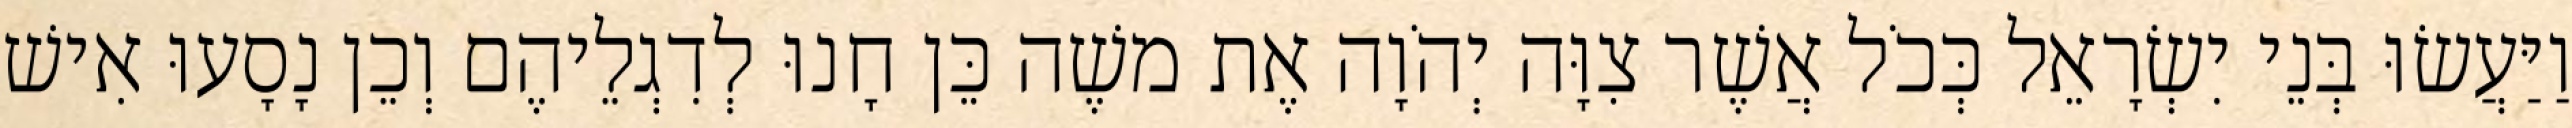
וַיַּעֲשׂוּ בְּנֵי יִשְׂרָאֵל כְּכֹל אֲשֶׁר צִוָּה יְהֹוָה אֶת משֶׁה כֵּן חָנוּ לְדִגְלֵיהֶם וְכֵן נָסָעוּ אִישׁ